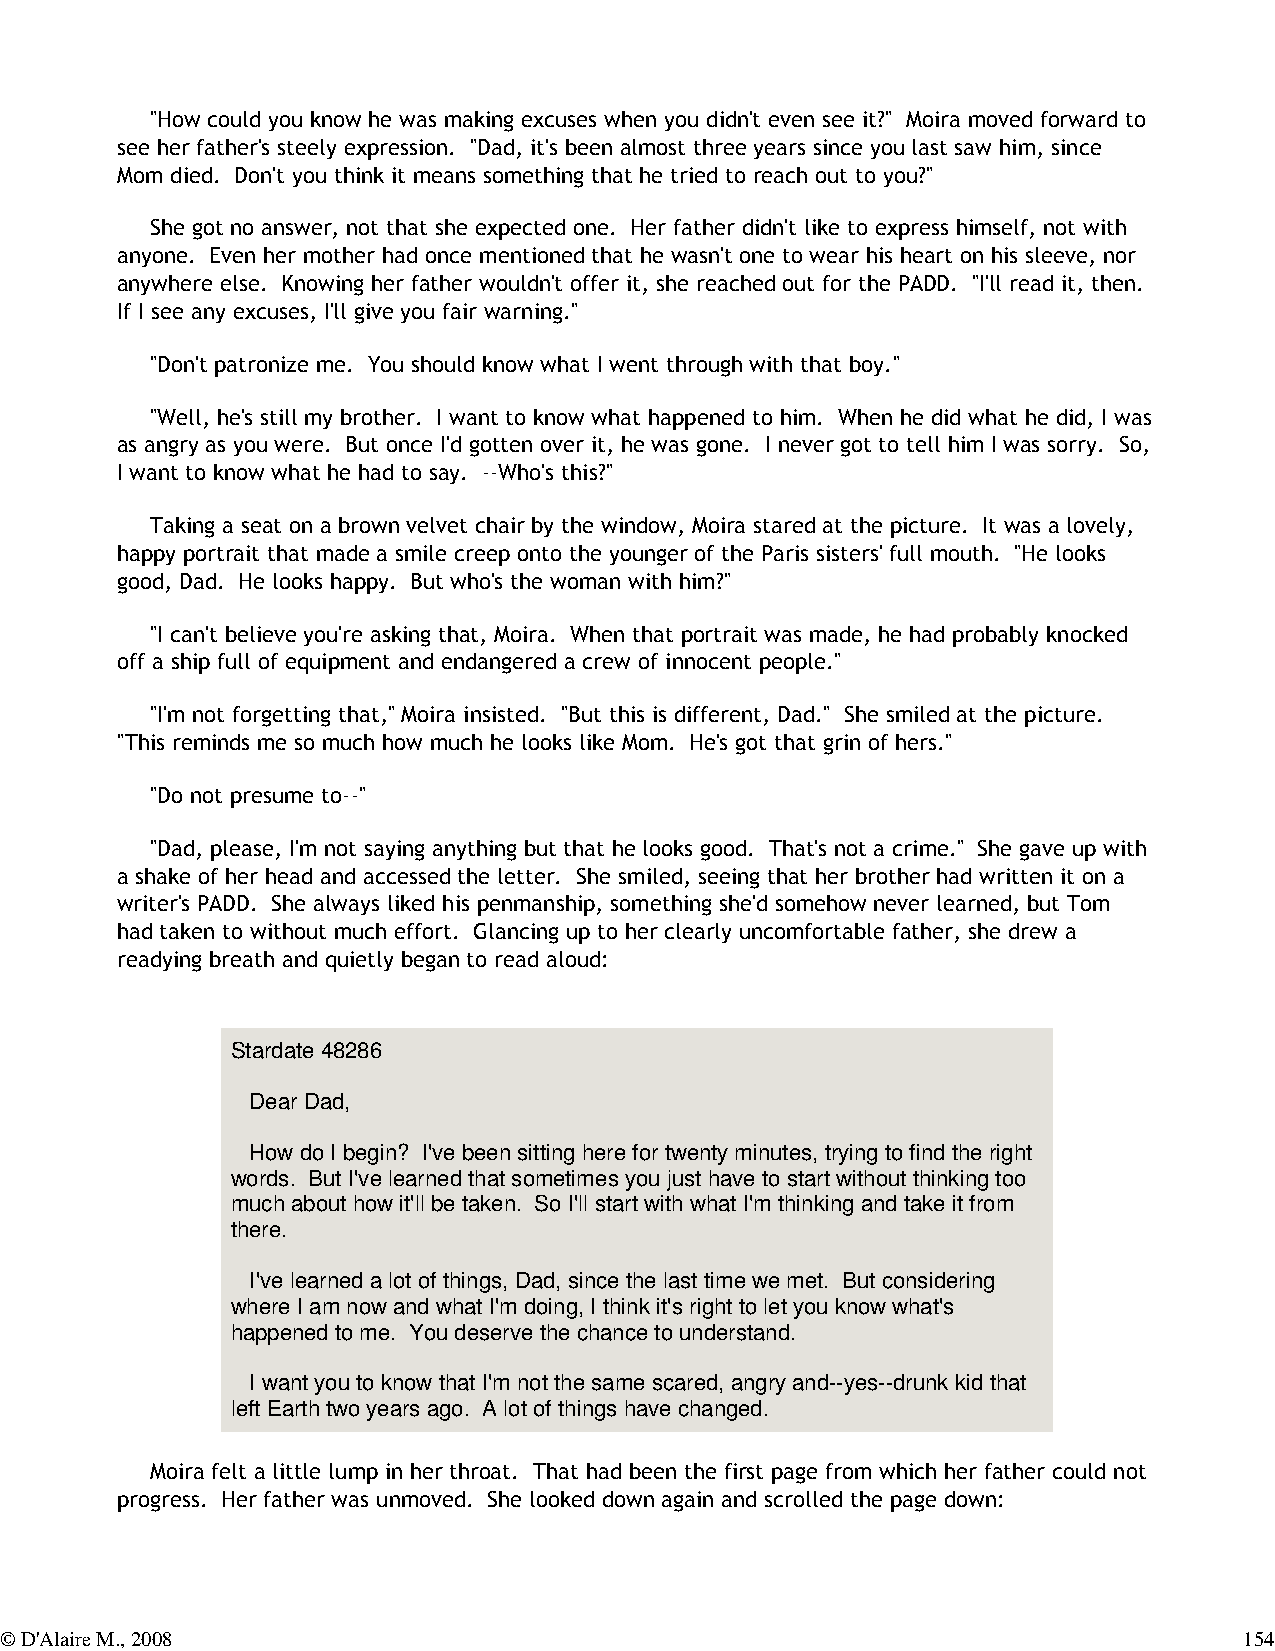
"How could you know he was making excuses when you didn't even see it?" Moira moved forward to
 see her father's steely expression. "Dad, it's been almost three years since you last saw him, since
 Mom died. Don't you think it means something that he tried to reach out to you?"
 She got no answer, not that she expected one. Her father didn't like to express himself, not with
 anyone. Even her mother had once mentioned that he wasn't one to wear his heart on his sleeve, nor
 anywhere else. Knowing her father wouldn't offer it, she reached out for the PADD. "I'll read it, then.
 If I see any excuses, I'll give you fair warning."
 "Don't patronize me. You should know what I went through with that boy."
 "Well, he's still my brother. I want to know what happened to him. When he did what he did, I was
 as angry as you were. But once I'd gotten over it, he was gone. I never got to tell him I was sorry. So,
 I want to know what he had to say. --Who's this?"
 Taking a seat on a brown velvet chair by the window, Moira stared at the picture. It was a lovely,
 happy portrait that made a smile creep onto the younger of the Paris sisters' full mouth. "He looks
 good, Dad. He looks happy. But who's the woman with him?"
 "I can't believe you're asking that, Moira. When that portrait was made, he had probably knocked
 off a ship full of equipment and endangered a crew of innocent people."
 "I'm not forgetting that," Moira insisted. "But this is different, Dad." She smiled at the picture.
 "This reminds me so much how much he looks like Mom. He's got that grin of hers."
 "Do not presume to--"
 "Dad, please, I'm not saying anything but that he looks good. That's not a crime." She gave up with
 a shake of her head and accessed the letter. She smiled, seeing that her brother had written it on a
 writer's PADD. She always liked his penmanship, something she'd somehow never learned, but Tom
 had taken to without much effort. Glancing up to her clearly uncomfortable father, she drew a
 readying breath and quietly began to read aloud:
 Stardate 48286
 Dear Dad,
 How do I begin? I've been sitting here for twenty minutes, trying to find the right
 words. But I've learned that sometimes you just have to start without thinking too
 much about how it'll be taken. So I'll start with what I'm thinking and take it from
 there.
 I've learned a lot of things, Dad, since the last time we met. But considering
 where I am now and what I'm doing, I think it's right to let you know what's
 happened to me. You deserve the chance to understand.
 I want you to know that I'm not the same scared, angry and--yes--drunk kid that
 left Earth two years ago. A lot of things have changed.
 Moira felt a little lump in her throat. That had been the first page from which her father could not
 progress. Her father was unmoved. She looked down again and scrolled the page down:
 © D'Alaire M., 2008                                                               154